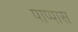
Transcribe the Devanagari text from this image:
पाप्पास